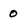
Character: 0